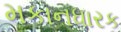
મકાનધારક